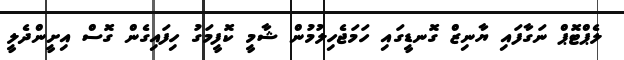
ލެޕްޓޮޕް ނަގާފައި ޔާނިޒް ގޮނޑީގައި ހަމަޖެހިލުމުން ޝާމީ ކޮފީމަގު ހިފައިގެން ގޮސް އިށީންދެލީ